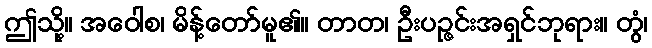
ဤသို့။ အဝေါစ၊ မိန့်တော်မူ၏။ တာတ၊ ဦးပဉ္ဇင်းအရှင်ဘုရား။ တွံ၊